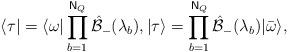
LaTeX: \begin{align*}\left\langle \tau \right\vert =\left\langle \omega \right\vert \prod_{b=1}^{\mathsf{N}_{Q}}\mathcal{\hat{B}}_{-}(\lambda _{b}),|\tau \rangle=\prod_{b=1}^{\mathsf{N}_{Q}}\mathcal{\hat{B}}_{-}(\lambda _{b})|\bar{\omega}\rangle , \end{align*}